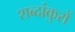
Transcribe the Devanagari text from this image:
शब्दांकुरों